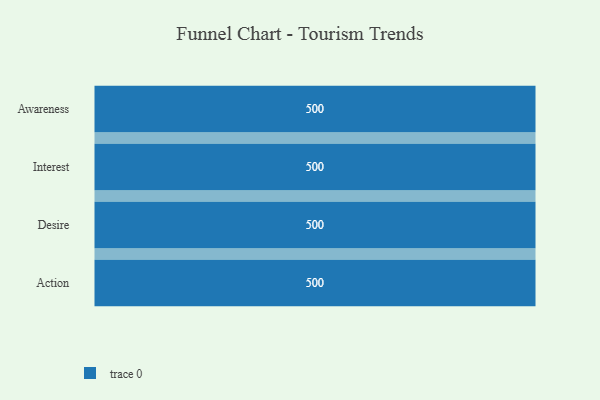
{"axis": {"x": "Stage", "y": "Value"}, "legend": [""], "data": [{"x": "Awareness", "y": 500, "type": ""}, {"x": "Interest", "y": 500, "type": ""}, {"x": "Desire", "y": 500, "type": ""}, {"x": "Action", "y": 500, "type": ""}]}